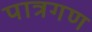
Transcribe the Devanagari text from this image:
पात्रगण